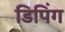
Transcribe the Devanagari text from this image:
डिपिंग